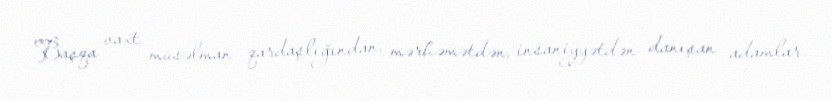
Başqa vaxt müsəlman qardaşlığından, mərhəmətdən, insaniyyətdən danışan adamlar